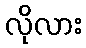
လိုလား